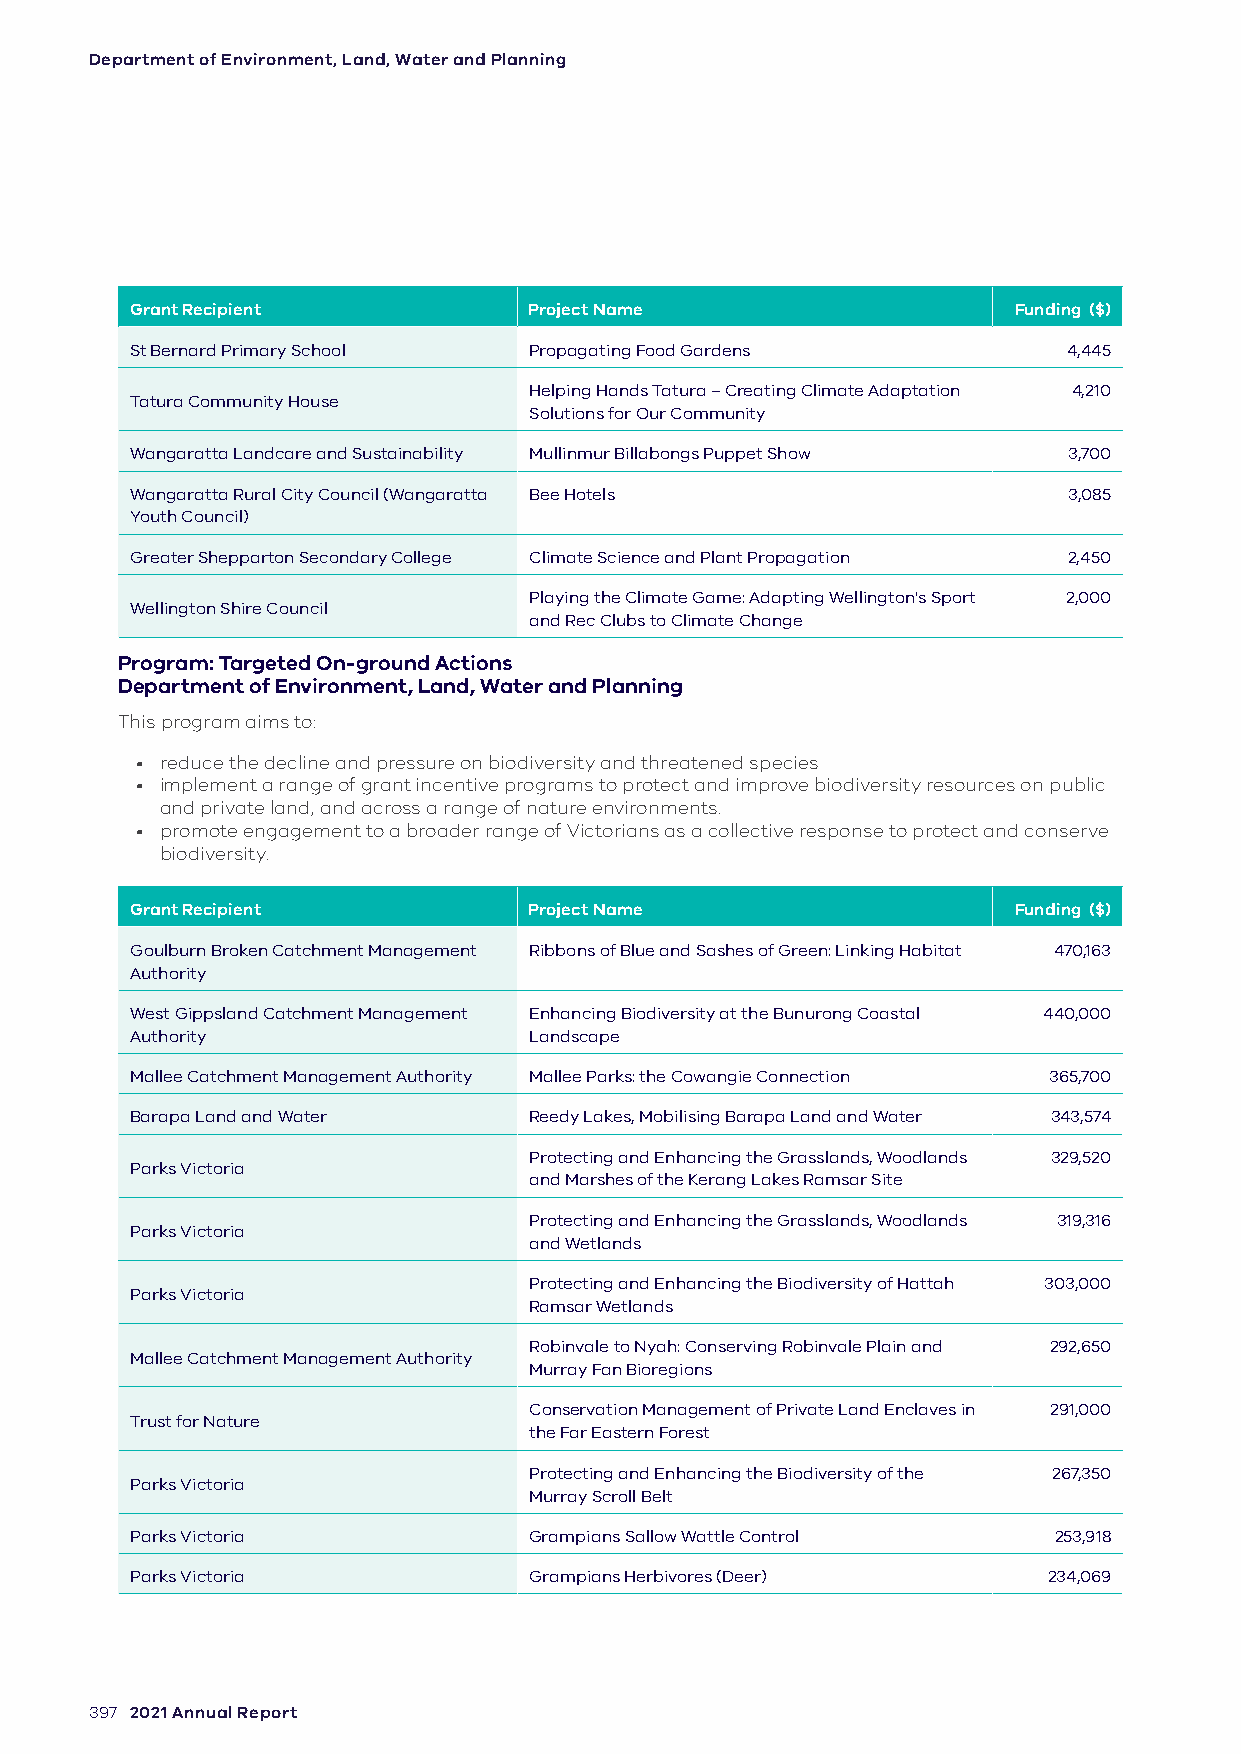
Department of Environment, Land, Water and Planning
 Grant Recipient           Project Name                    Funding ($)
 St Bernard Primary School Propagating Food Gardens            4,445
 Helping Hands Tatura – Creating Climate Adaptation 4,210
 Tatura Community House
 Solutions for Our Community
 Wangaratta Landcare and Sustainability Mullinmur Billabongs Puppet Show 3,700
 Wangaratta Rural City Council (Wangaratta Bee Hotels          3,085
 Youth Council)
 Greater Shepparton Secondary College Climate Science and Plant Propagation 2,450
 Playing the Climate Game: Adapting Wellington's Sport 2,000
 Wellington Shire Council
 and Rec Clubs to Climate Change
 Program: Targeted On-ground Actions
 Department of Environment, Land, Water and Planning
 This program aims to:
 • reduce the decline and pressure on biodiversity and threatened species
 • implement a range of grant incentive programs to protect and improve biodiversity resources on public
 and private land, and across a range of nature environments.
 • promote engagement to a broader range of Victorians as a collective response to protect and conserve
 biodiversity.
 Grant Recipient           Project Name                    Funding ($)
 Goulburn Broken Catchment Management Ribbons of Blue and Sashes of Green: Linking Habitat 470,163
 Authority
 West Gippsland Catchment Management Enhancing Biodiversity at the Bunurong Coastal 440,000
 Authority                 Landscape
 Mallee Catchment Management Authority Mallee Parks: the Cowangie Connection 365,700
 Barapa Land and Water     Reedy Lakes, Mobilising Barapa Land and Water 343,574
 Protecting and Enhancing the Grasslands, Woodlands 329,520
 Parks Victoria
 and Marshes of the Kerang Lakes Ramsar Site
 Protecting and Enhancing the Grasslands, Woodlands 319,316
 Parks Victoria
 and Wetlands
 Protecting and Enhancing the Biodiversity of Hattah 303,000
 Parks Victoria
 Ramsar Wetlands
 Robinvale to Nyah: Conserving Robinvale Plain and 292,650
 Mallee Catchment Management Authority
 Murray Fan Bioregions
 Conservation Management of Private Land Enclaves in 291,000
 Trust for Nature
 the Far Eastern Forest
 Protecting and Enhancing the Biodiversity of the 267,350
 Parks Victoria
 Murray Scroll Belt
 Parks Victoria            Grampians Sallow Wattle Control    253,918
 Parks Victoria            Grampians Herbivores (Deer)       234,069
 397 2021 Annual Report